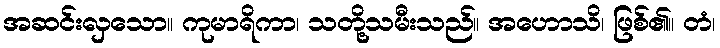
အဆင်းလှသော။ ကုမာရိကာ၊ သတို့သမီးသည်။ အဟောသိ၊ ဖြစ်၏။ တံ၊